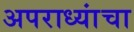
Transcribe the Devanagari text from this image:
अपराध्यांचा